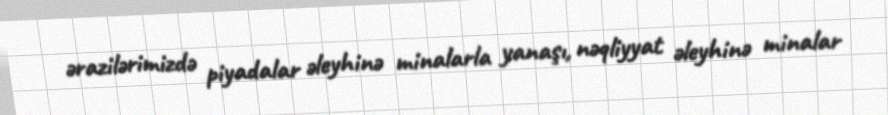
ərazilərimizdə piyadalar əleyhinə minalarla yanaşı, nəqliyyat əleyhinə minalar